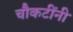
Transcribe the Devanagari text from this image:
चौकटींनी